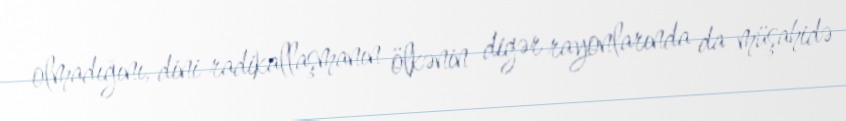
olmadığını, dini radikallaşmanın ölkənin digər rayonlarında da müşahidə